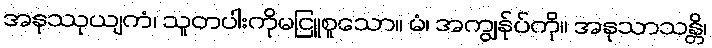
အနုဿုယျကံ၊ သူတပါးကိုမငြူစူသော။ မံ၊ အကျွန်ုပ်ကို။ အနုသာသန္တိ၊